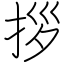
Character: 拶